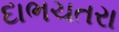
દાભચતરા